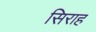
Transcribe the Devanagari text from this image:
सिराह